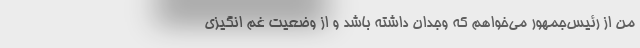
من از رئیس‌جمهور می‌خواهم که وجدان داشته باشد و از وضعیت غم انگیزی